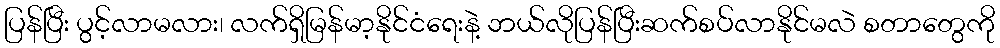
ပြန်ပြီး ပွင့်လာမလား၊ လက်ရှိမြန်မာ့နိုင်ငံရေးနဲ့ ဘယ်လိုပြန်ပြီးဆက်စပ်လာနိုင်မလဲ စတာတွေကို